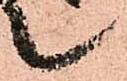
候